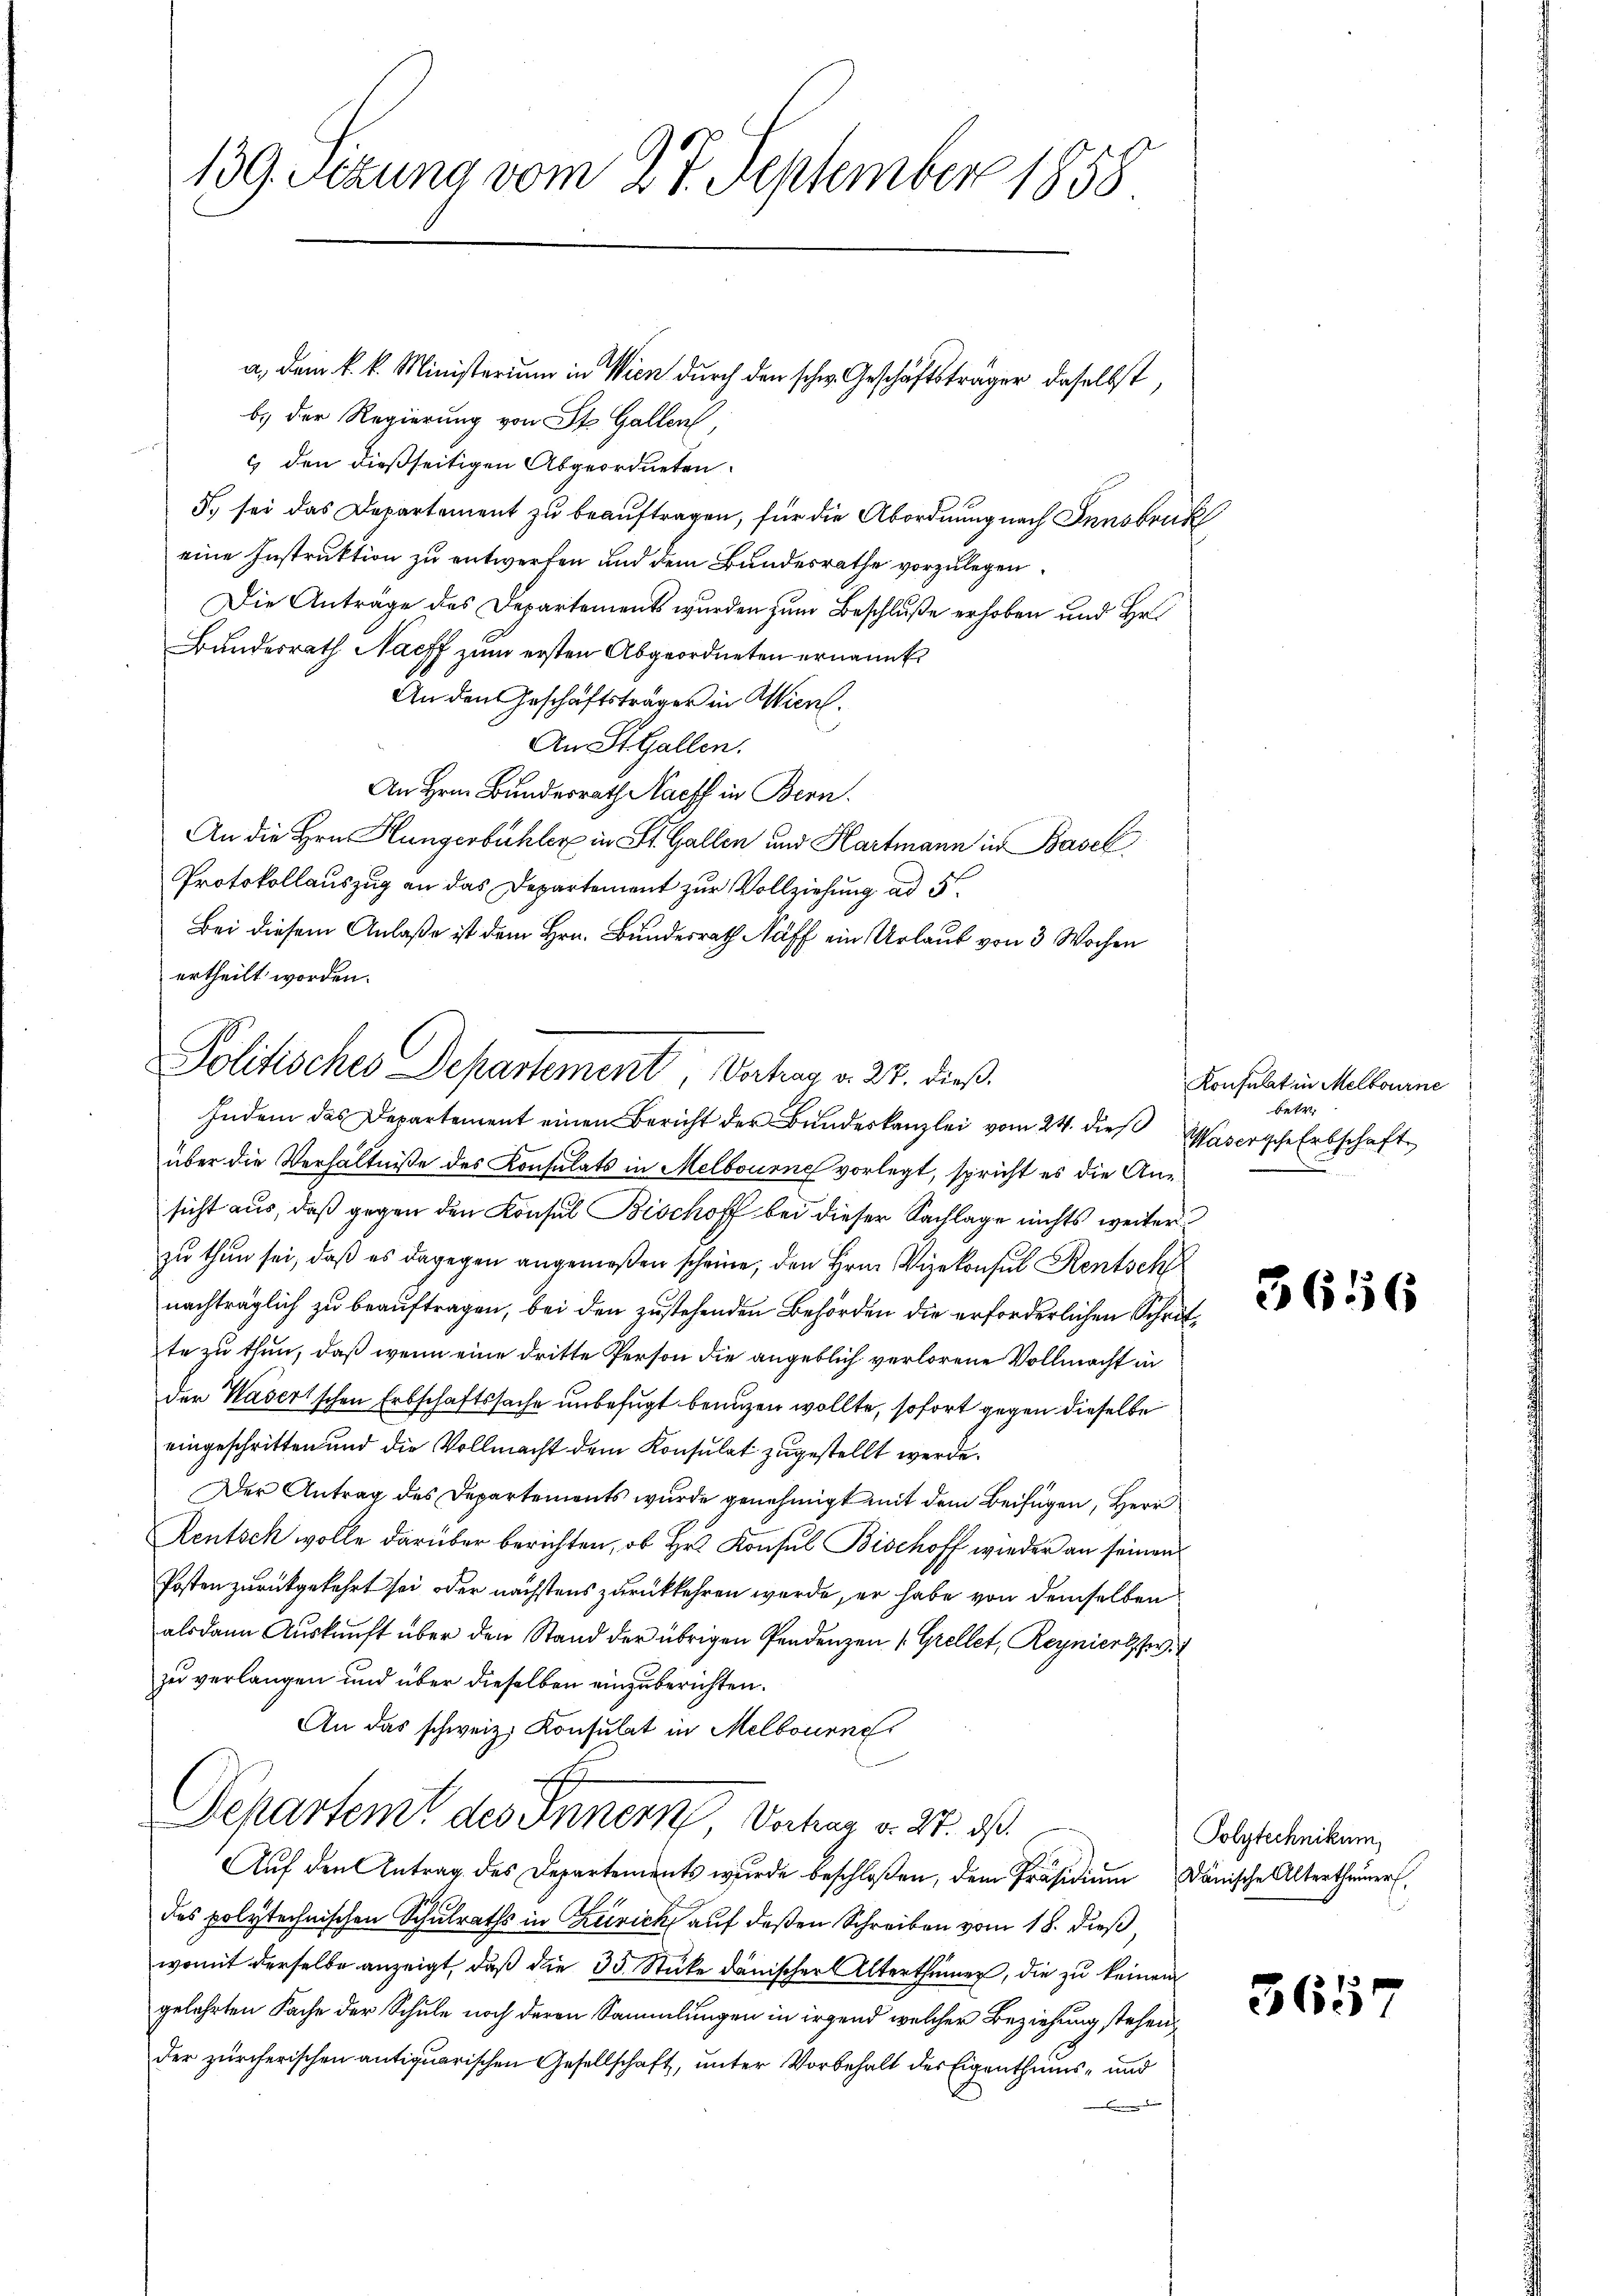
139. Sezung vom 27. September 1858

a. Dem k. k. Ministerium in Wien durch den schw. Geschäftsträger daselbst,
b.) der Regierung von St. Galler,
c den dießseitigen Abgeordneten.
5. sei das Departement zu beauftragen, für die Abordnung nach Innsbruk
eine Instruktion zu entwerfen und dem Bundesrathe vorzulegen.
Die Anträge des Departements wurden zum Beschluße erhoben und Hr.
Bundesrath Nacht zum ersten Abgeordneten ernannt
An den Geschäftsträger in Wien.
An St. Gallen.
An Hrn. Bundesrath Nacht in Bern.
An die Hrn. Hungerbühler in St. Gallen und Hartmann in Basel
Protokollauszug an das Departement zur Vollziehung ad 5
Bei diesem Anlaße ist dem Hrn. Bundesrath Näff ein Urlaub von 3 Wochen
ertheilt worden.
Indem das Departement einen Bericht der Bŭndeskanzlei vom 24. dieß Wasersche Erbschaft
über die Verhältniße des Konsulats in Melbourne vorlegt, spricht es die Ansicht aus, daß gegen den Konsul Bischoff bei dieser Sachlage nichts weiter
zu thun sei, daß es dagegen angemeßen scheine, den Hrn. Vizekonsul Rentsch
nachträglich zu beauftragen, bei den zustehenden Behörden die erforderlichen Schritte zu thun, daß wenn eine dritte Person die angeblich verlorene Vollmacht in
der Waserischen Erbschaftssache unbefugt benuzen wollte, sofort gegen dieselbe
eingeschritten und die Vollmacht dem Konsulat zugestellt werde.
Der Antrag des Departements wurde genehmigt mit dem Beifügen, Herr
Rentsch wolle darüber berichten, ob Hr. Konsul Bischoff wieder an seinen
Posten zurückgekehrt sei oder nächstens zurückkehren werde, er habe von demselben
alsdann Aŭskŭnft über den Stand der übrigen Pendenzen (Grellet, Reynieresser.
zu verlangen und über dieselben einzuberichten.
An das schweiz. Konsulat in Melbourne
Schartem des Innern, Vorher v. 27. ds.
Aŭf den Antrag des Departements wurde beschloßen, dem Präsidiŭm dänische Altertheimer,
des polytechnischen Schulraths in Zürick auf deßen Schreiben vom 18. dieß,
womit derselbe anzeigt, daß die 35 Stücke dänischer Alterthümer, die zu keinem
gelehrten Sache der Schule noch deren Sammlungen in irgend welcher Beziehung stehen,
der zürcherischen antiquarischen Gesellschaft, unter Vorbehalt der Eigenthums- und

Politisches Departement, Vertrag v. 24. dieß.

Konsulat in Melbourne
betr.

3656

Polytechnikum,

361